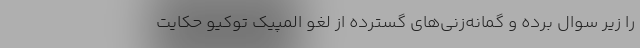
را زیر سوال برده و گمانه‌زنی‌های گسترده از لغو المپیک توکیو حکایت